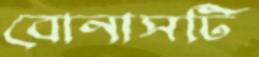
বোনাসটি